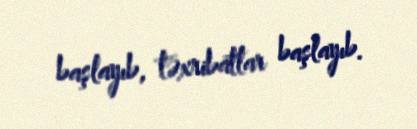
başlayıb, təxribatlar başlayıb.